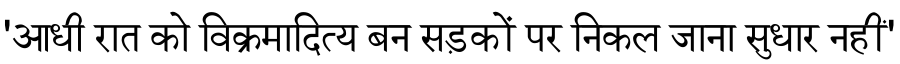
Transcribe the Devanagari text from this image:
'आधी रात को विक्रमादित्य बन सड़कों पर निकल जाना सुधार नहीं'